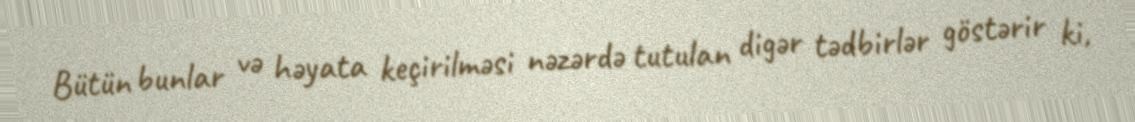
Bütün bunlar və həyata keçirilməsi nəzərdə tutulan digər tədbirlər göstərir ki,